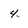
Character: 4